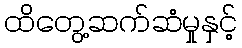
ထိတွေ့ဆက်ဆံမှုနှင့်